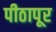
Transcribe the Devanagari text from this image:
पीठापूर